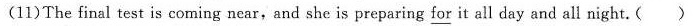
(11)The final test is coming near, and she is preparing for it all day and all might. ( )